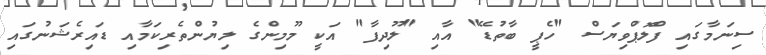
ސިނަމާގައި ފްލޮޕްވިޔަސް "ހެޕީ ބާތުޑޭ" އާއި "ލޫދިފާ" އަކީ މޫމިންގެ ލިޔުންތެރިކަމާއި ޑައިރެޝަނުގައި